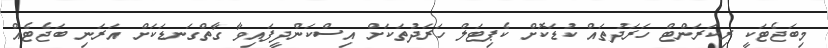
މިބަޖެޓަކީ ރިކަރަންޓް ހަރަދުތައް ކުޑަކޮށް ކެޕިޓަލް ހަރަދުތަކަށް އިސްކަންދީފައިވާ ގާތްގަނޑަކަށް އަރަނި ބަޖެޓެއް